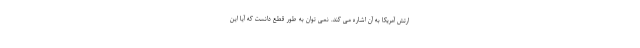
ارتش آمریکا به آن اشاره می کند. نمی توان به طور قطع دانست که آیا این